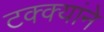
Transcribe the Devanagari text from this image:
टक्क्यांने